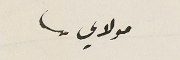
مولاي